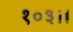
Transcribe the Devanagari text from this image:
१०३।।